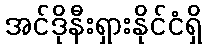
အင်ဒိုနီးရှားနိုင်ငံရှိ